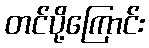
တင်ပို့ကြောင်း